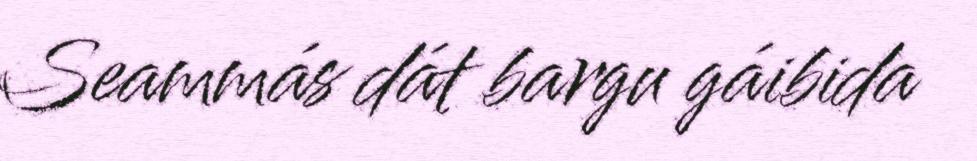
Seammás dát bargu gáibida